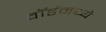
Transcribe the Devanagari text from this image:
वॉर्डमध्ये